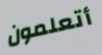
أتعلمون